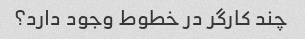
چند کارگر در خطوط وجود دارد؟